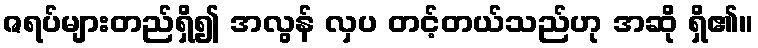
ဇရပ်များတည်ရှိ၍ အလွန် လှပ တင့်တယ်သည်ဟု အဆို ရှိ၏။